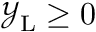
\ensuremath { \mathcal { Y } _ { \mathrm { { L } } } } \geq 0